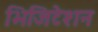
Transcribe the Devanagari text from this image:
भिजिटेशन